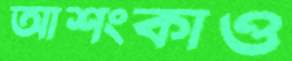
আশংকাও